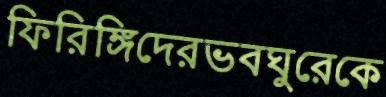
ফিরিঙ্গিদেরভবঘুরেকে